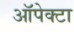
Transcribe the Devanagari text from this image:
ऑपेक्टा